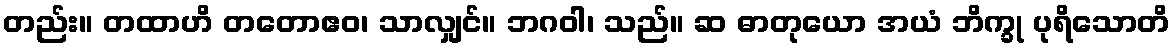
တည်း။ တထာဟိ တတောဧဝ၊ သာလျှင်။ ဘဂဝါ၊ သည်။ ဆ ဓာတုယော အယံ ဘိက္ခု ပုရိသောတိ